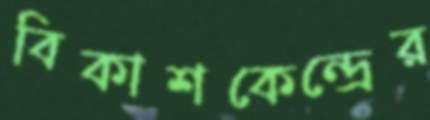
বিকাশকেন্দ্রের